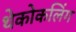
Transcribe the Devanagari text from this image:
थेकोकलिंग